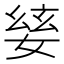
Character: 𡞅